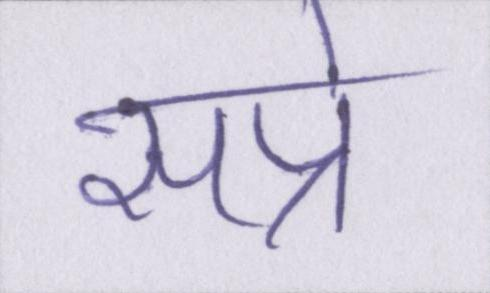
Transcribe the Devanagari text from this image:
सप्रे